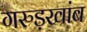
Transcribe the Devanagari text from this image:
गरुड़खांब